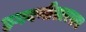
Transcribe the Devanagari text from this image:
हगवणीसारख्या